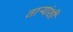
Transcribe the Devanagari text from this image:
ताऱ्यांशी